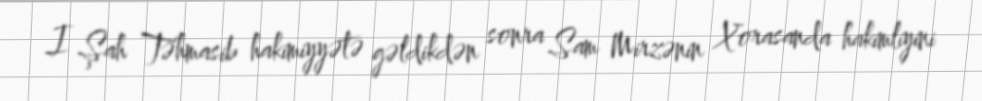
I Şah Təhmasib hakimiyyətə gəldikdən sonra Sam Mirzənin Xorasanda hakimliyini